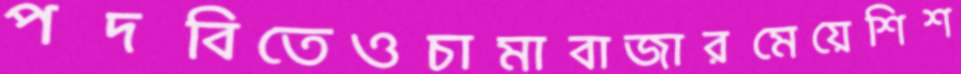
পদবিতেওচামাবাজারমেয়েশিশ